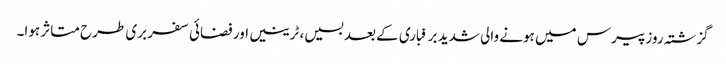
گزشتہ روز پیرس میں ہونے والی شدید برفباری کے بعد بسیں، ٹرینیں اور فضائی سفر بری طرح متاثر ہوا۔